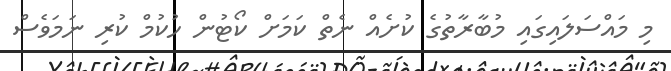
މި މައްސަލަައިގައި މުބާރާތުގެ ކުށެއް ނެތް ކަމަށް ކޯޓުން ހުކުމް ކުރި ނަމަވެސް